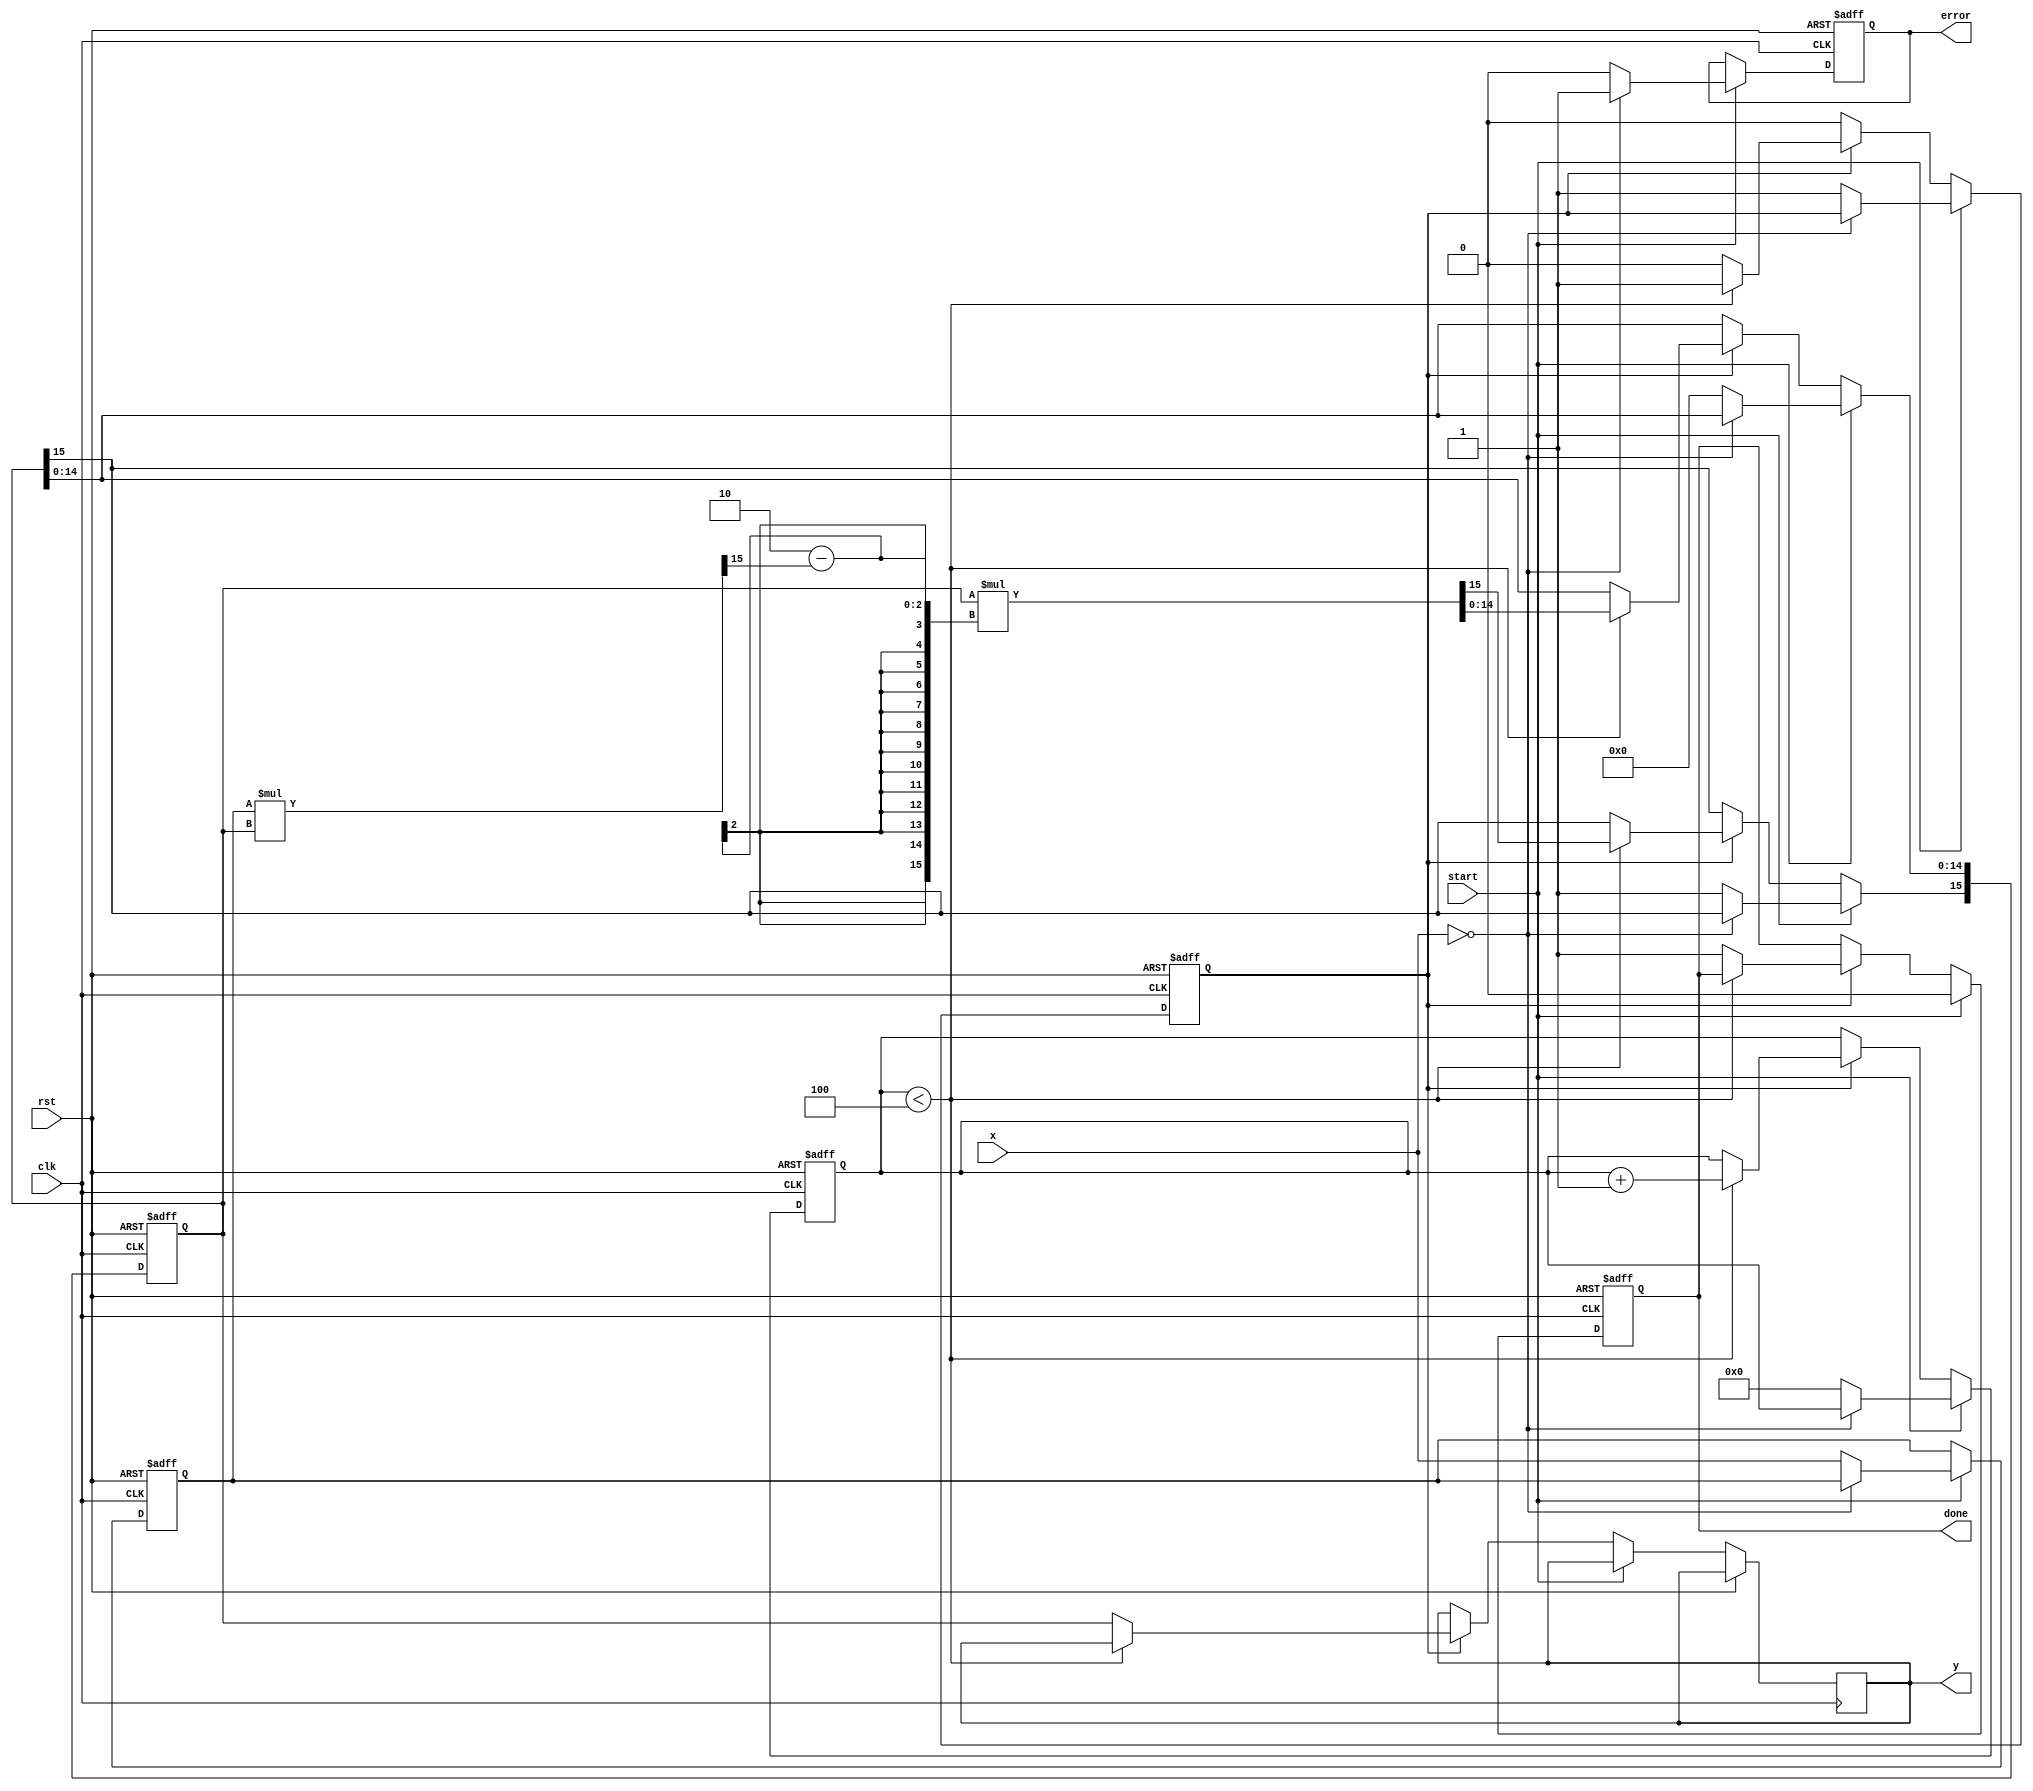
module BinaryFractionalReciprocal #(
    parameter N = 16, // Input size in bits
    parameter M = 16, // Output size in bits
    parameter ITERATIONS = 4 // Number of iterations for Newton-Raphson
)(
    input  wire [N-1:0] x,        // Input: binary fractional number
    input  wire start,             // Start signal
    input  wire clk,               // Clock signal
    input  wire rst,               // Reset signal
    output reg [M-1:0] y,          // Output: reciprocal of x
    output reg done,               // Done signal
    output reg error               // Error signal
);

reg [N-1:0] x_reg;                // Register for input value
reg [M-1:0] r;                    // Current approximation of reciprocal
reg [3:0] count;                  // Iteration counter
reg busy;                         // Flag to indicate processing state

// Initialize registers
always @(posedge clk or posedge rst) begin
    if (rst) begin
        x_reg <= 0;
        r <= 0;
        count <= 0;
        busy <= 0;
        done <= 0;
        error <= 0;
    end else if (start) begin
        if (x == 0) begin
            error <= 1;           // Set error if input is zero
            done <= 0;
        end else begin
            error <= 0;
            x_reg <= x;
            r <= {M{1'b0}};       // Initialize reciprocal approximation
            r[M-1] <= 1;          // Initial guess: 1 (for 1/x when x is close to 1)
            count <= 0;
            busy <= 1;
            done <= 0;
        end
    end else if (busy) begin
        if (count < ITERATIONS) begin
            // Newton-Raphson iteration
            r <= r * (2'b10 - (x_reg * r >> (M-1))); // r = r * (2 - x * r)
            count <= count + 1;
        end else begin
            y <= r;                // Store result in output
            done <= 1;            // Indicate completion
            busy <= 0;            // Reset busy flag
        end
    end
end

endmodule